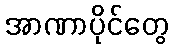
အာဏာပိုင်တွေ